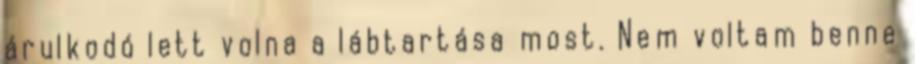
árulkodó lett volna a lábtartása most. Nem voltam benne